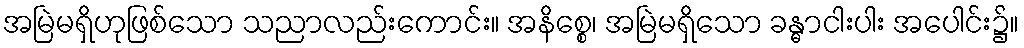
အမြဲမရှိဟုဖြစ်သော သညာလည်းကောင်း။ အနိစ္စေ၊ အမြဲမရှိသော ခန္ဓာငါးပါး အပေါင်း၌။